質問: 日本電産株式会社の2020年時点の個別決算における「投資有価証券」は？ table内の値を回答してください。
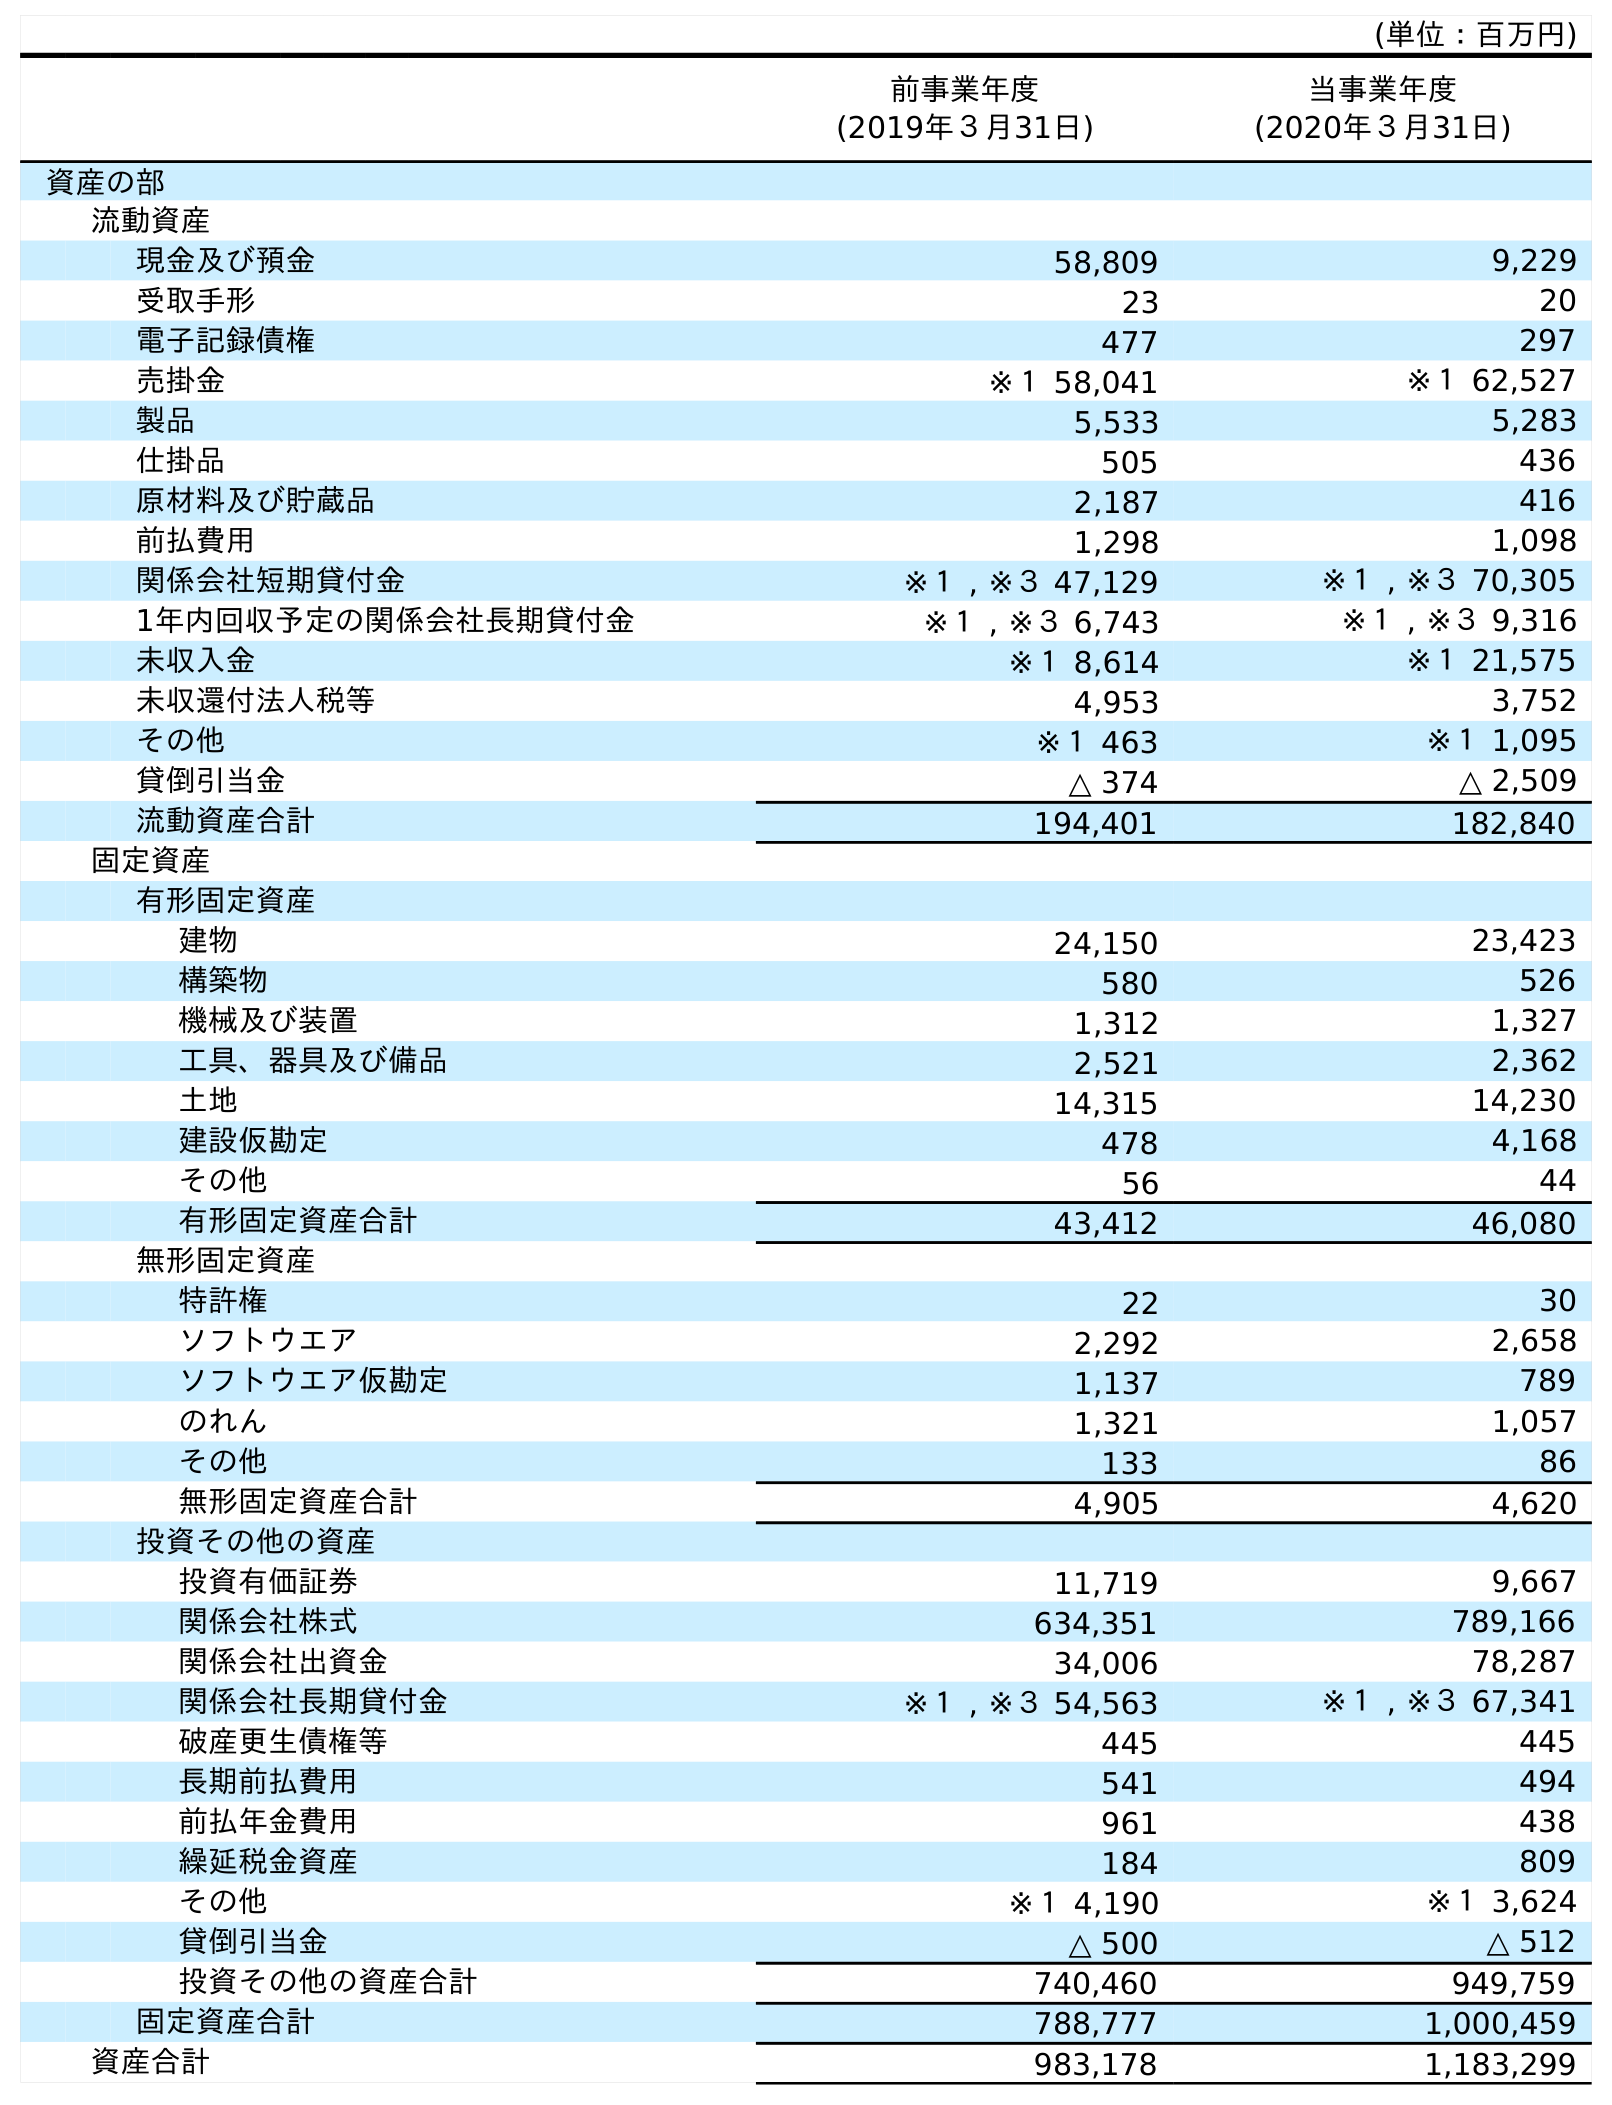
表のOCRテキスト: (単位：百万円) 前事業年度 (2019年３月31日) 当事業年度 (2020年３月31日) 資産の部 流動資産 現金及び預金 58,809 9,229 受取手形 23 20 電子記録債権 477 297 売掛金 ※１ 58,041 ※１ 62,527 製品 5,533 5,283 仕掛品 505 436 原材料及び貯蔵品 2,187 416 前払費用 1,298 1,098 関係会社短期貸付金 ※１ , ※３ 47,129 ※１ , ※３ 70,305 1年内回収予定の関係会社長期貸付金 ※１ , ※３ 6,743 ※１ , ※３ 9,316 未収入金 ※１ 8,614 ※１ 21,575 未収還付法人税等 4,953 3,752 その他 ※１ 463 ※１ 1,095 貸倒引当金 △ 374 △ 2,509 流動資産合計 194,401 182,840 固定資産 有形固定資産 建物 24,150 23,423 構築物 580 526 機械及び装置 1,312 1,327 工具、器具及び備品 2,521 2,362 土地 14,315 14,230 建設仮勘定 478 4,168 その他 56 44 有形固定資産合計 43,412 46,080 無形固定資産 特許権 22 30 ソフトウエア 2,292 2,658 ソフトウエア仮勘定 1,137 789 のれん 1,321 1,057 その他 133 86 無形固定資産合計 4,905 4,620 投資その他の資産 投資有価証券 11,719 9,667 関係会社株式 634,351 789,166 関係会社出資金 34,006 78,287 関係会社長期貸付金 ※１ , ※３ 54,563 ※１ , ※３ 67,341 破産更生債権等 445 445 長期前払費用 541 494 前払年金費用 961 438 繰延税金資産 184 809 その他 ※１ 4,190 ※１ 3,624 貸倒引当金 △ 500 △ 512 投資その他の資産合計 740,460 949,759 固定資産合計 788,777 1,000,459 資産合計 983,178 1,183,299
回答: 9,667